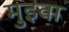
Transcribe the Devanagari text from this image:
मुइवा